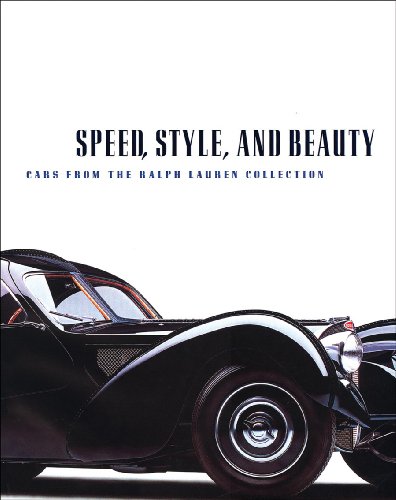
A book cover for Speed, Style, and Beauty; Winston Goodfellow; Engineering & Transportation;